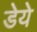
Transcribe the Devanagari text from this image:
डेये